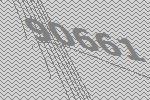
90661